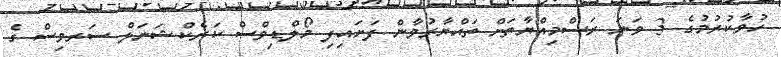
ހުވާކުރުމުގެ 3 ވަނަ ރަސްމިއްޔާތަށް ތައްޔާރުވާން ފަށައިފި މޯލްޑިވްސް ކަރެކްޝަނަލް ސަރވިސް ގެ